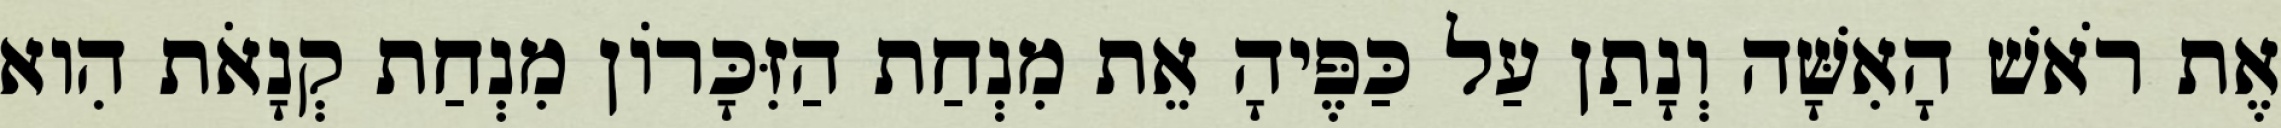
אֶת רֹאשׁ הָאִשָּׁה וְנָתַן עַל כַּפֶּיהָ אֵת מִנְחַת הַזִּכָּרוֹן מִנְחַת קְנָאֹת הִוא